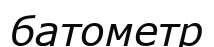
батометр